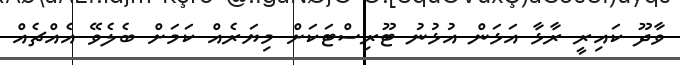
ވާދޫ ކައިރީ ރާޅާ އަޅަން އުޅުނު ޓޫރިސްޓަކަށް މިޔަރެއް ކަމަށް ބެލެވޭ އެއްޗެއް